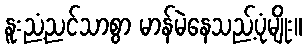
နူးညံ့ညင်သာစွာ မာန်မဲနေသည့်ပုံမျိုး။